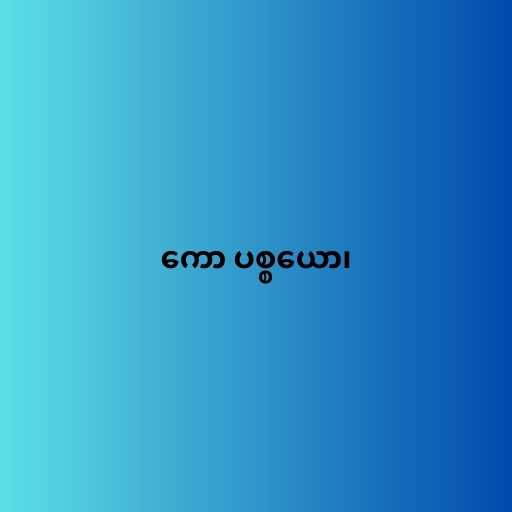
ကော ပစ္စယော၊